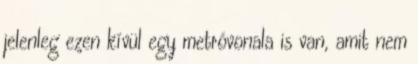
jelenleg ezen kívül egy metróvonala is van, amit nem